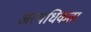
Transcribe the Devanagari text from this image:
अत्यधिकता